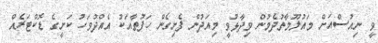
ވީ ނިއުސްއަށް މައުލޫމާތުދެމުން ވިދާޅުވީ މިއަދުން ފެށިގެން ހަފުތާއަކު އެއްދުވަހު ކަށީގެ ޑޮކްޓަރެއް